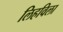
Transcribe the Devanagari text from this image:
लिहविला